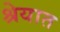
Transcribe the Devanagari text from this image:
श्रेयात